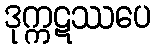
ဒုက္ကဋဿပေ